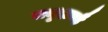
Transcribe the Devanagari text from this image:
समुदायहै